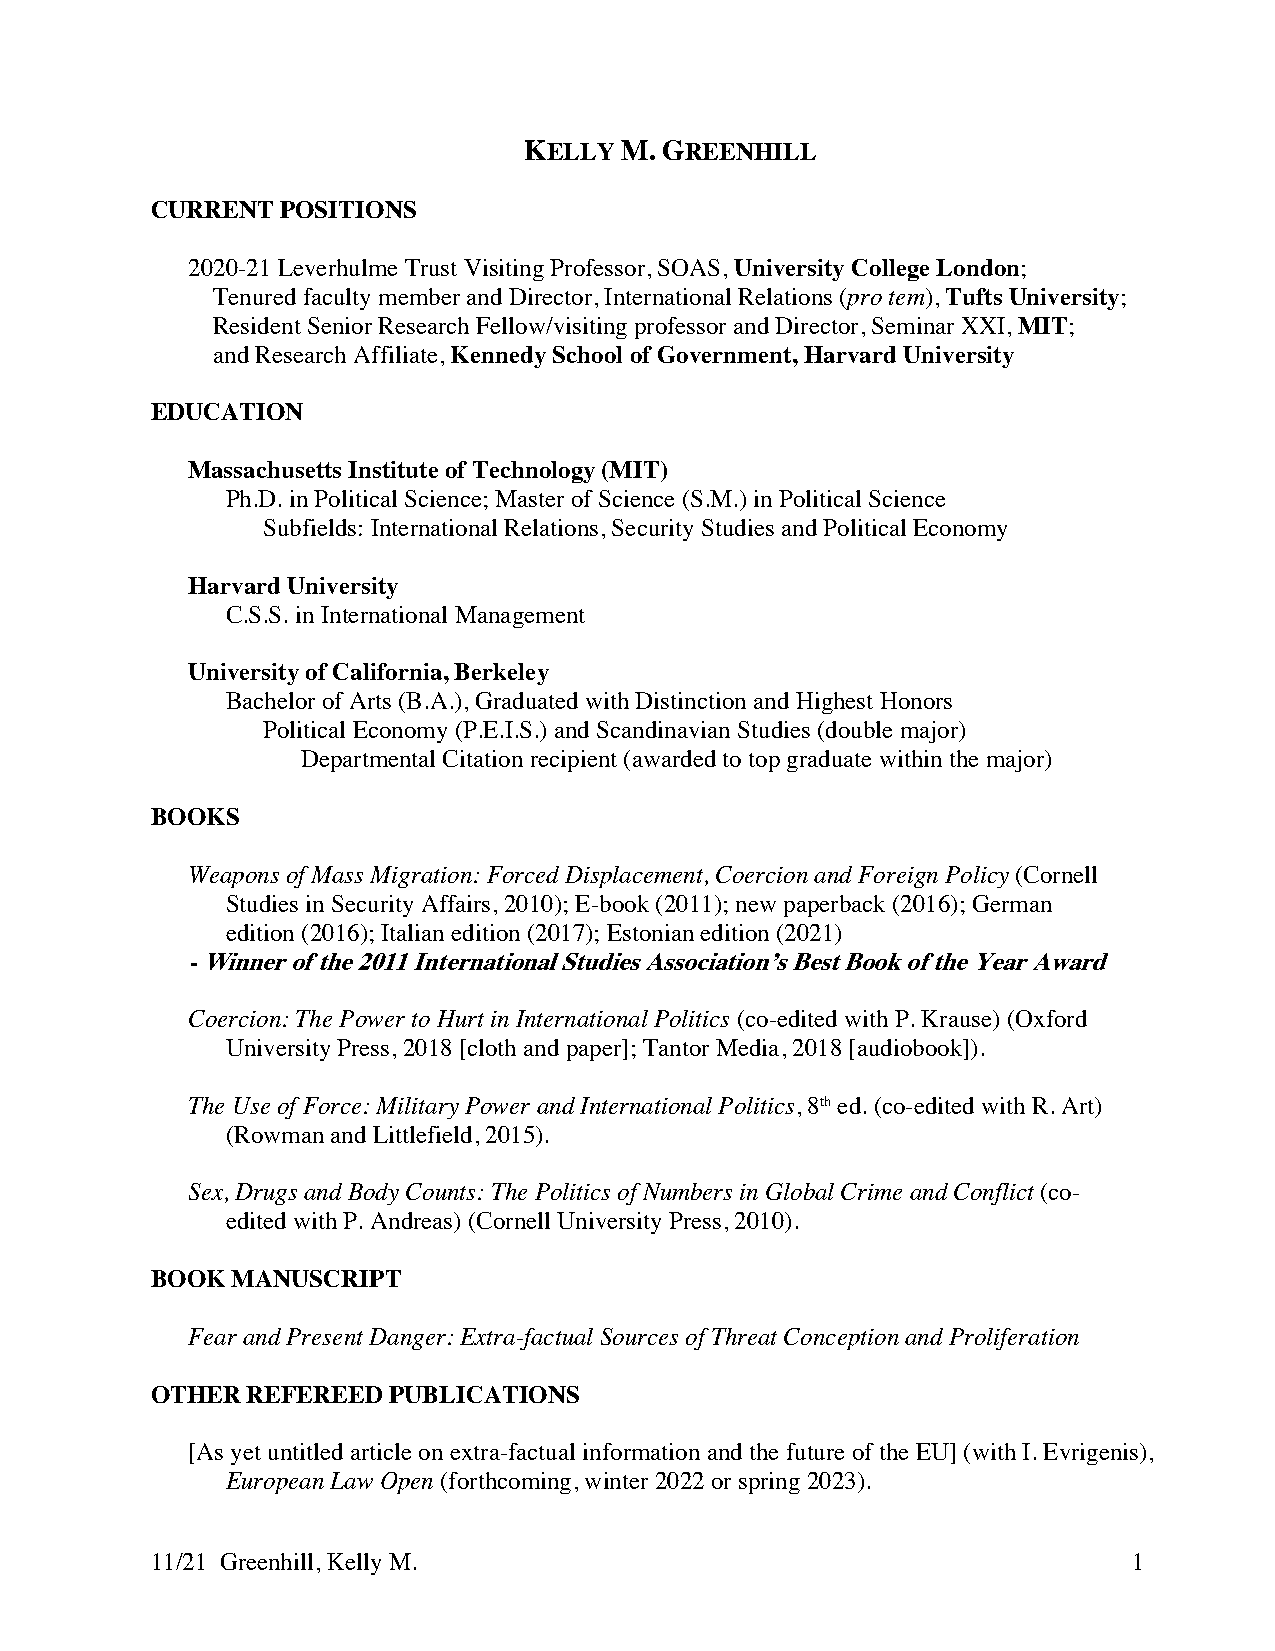
KELLY M. GREENHILL
 CURRENT  POSITIONS
 2020-21 Leverhulme Trust Visiting Professor, SOAS, University College London;
 Tenured faculty member and Director, International Relations (pro tem), Tufts University;
 Resident Senior Research Fellow/visiting professor and Director, Seminar XXI, MIT;
 and Research Affiliate, Kennedy School of Government, Harvard University
 EDUCATION
 Massachusetts Institute of Technology (MIT)
 Ph.D. in Political Science; Master of Science (S.M.) in Political Science
 Subfields: International Relations, Security Studies and Political Economy
 Harvard University
 C.S.S. in International Management
 University of California, Berkeley
 Bachelor of Arts (B.A.), Graduated with Distinction and Highest Honors
 Political Economy (P.E.I.S.) and Scandinavian Studies (double major)
 Departmental Citation recipient (awarded to top graduate within the major)
 BOOKS
 Weapons of Mass Migration: Forced Displacement, Coercion and Foreign Policy (Cornell
 Studies in Security Affairs, 2010); E-book (2011); new paperback (2016); German
 edition (2016); Italian edition (2017); Estonian edition (2021)
 - Winner of the 2011 International Studies Association’s Best Book of the Year Award
 Coercion: The Power to Hurt in International Politics (co-edited with P. Krause) (Oxford
 University Press, 2018 [cloth and paper]; Tantor Media, 2018 [audiobook]).
 The Use of Force: Military Power and International Politics, 8th ed. (co-edited with R. Art)
 (Rowman and Littlefield, 2015).
 Sex, Drugs and Body Counts: The Politics of Numbers in Global Crime and Conflict (co-
 edited with P. Andreas) (Cornell University Press, 2010).
 BOOK MANUSCRIPT
 Fear and Present Danger: Extra-factual Sources of Threat Conception and Proliferation
 OTHER REFEREED  PUBLICATIONS
 [As yet untitled article on extra-factual information and the future of the EU] (with I. Evrigenis),
 European Law Open (forthcoming, winter 2022 or spring 2023).
 11/21 Greenhill, Kelly M.                                        1